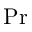
\mathrm { P r }